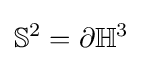
\mathbb {S} ^{2}=\partial \mathbb {H} ^{3}